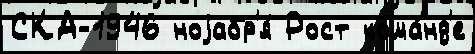
СКА-1946 ноjабр'я́ Рост кома́нд'е